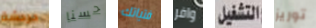
دردشة حسنا فتياتك وافر التشغيل توريز